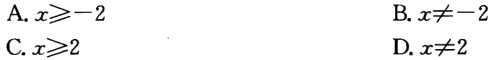
A. \(x\geqslant - 2\)

B. \(x\neq - 2\)

C. \(x\geqslant 2\)

D. \(x\neq 2\)